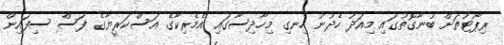
ރިޕޯޓުތަށް ބުނާގޮތުގައި މިއަދު ހެދުނު ހިނގި މިހާދިސާގައި އެމެރިކާގެ އަސްކަރީޔާގެ ފަސް ސިފައިން